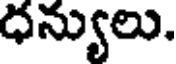
ధన్యులు.